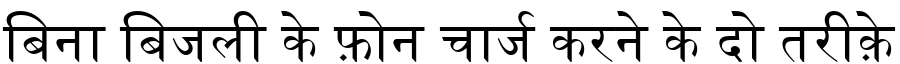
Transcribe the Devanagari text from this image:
बिना बिजली के फ़ोन चार्ज करने के दो तरीक़े